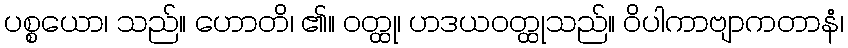
ပစ္စယော၊ သည်။ ဟောတိ၊ ၏။ ဝတ္ထု၊ ဟဒယဝတ္ထုသည်။ ဝိပါကာဗျာကတာနံ၊